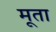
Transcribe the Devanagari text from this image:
मूता